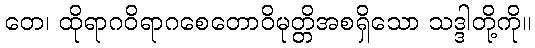
တေ၊ ထိုရာဂဝိရာဂစေတောဝိမုတ္တိအစရှိသော သဒ္ဒါတို့ကို။